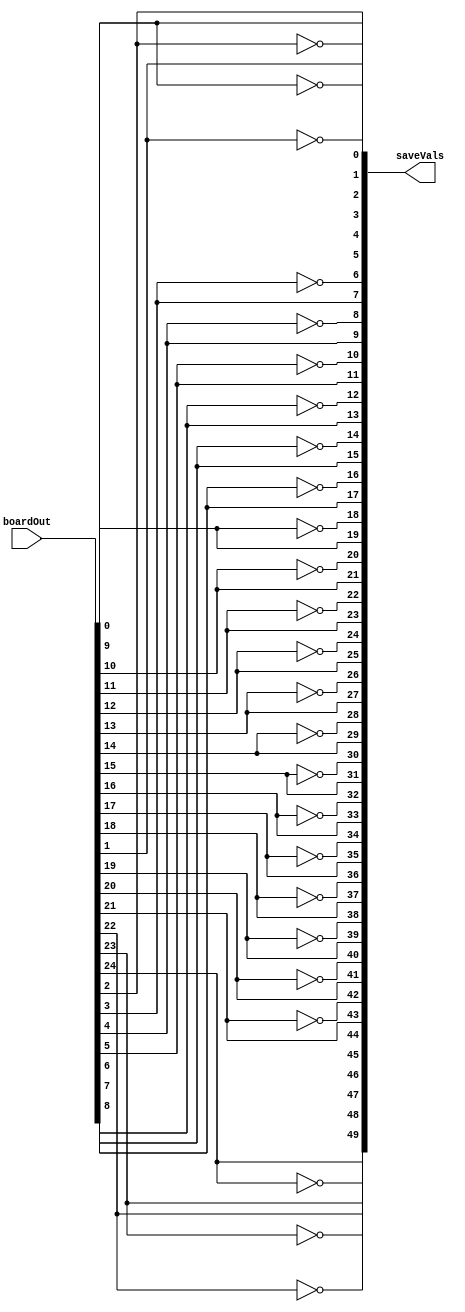
module SaveEncoder(boardOut, saveVals);
	parameter BOARD_LENGTH = 5;
	parameter BOARD_HEIGHT = 5;
	
	input [(BOARD_LENGTH*BOARD_HEIGHT)-1:0] boardOut;
	
	output [(BOARD_LENGTH*BOARD_HEIGHT*2)-1:0] saveVals;
	
	//if this isn't working, we might want to use an actual mux module here.
	generate
		genvar i;
			for (i=0; i<(BOARD_LENGTH*BOARD_HEIGHT); i=i+1) 
			begin: bitEncoder
				assign saveVals[(2*i)+1] = boardOut[i];
				assign saveVals[(2*i)] = ~boardOut[i];
			end
	endgenerate
endmodule